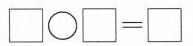
$$\Box \bigcirc \Box = \Box$$